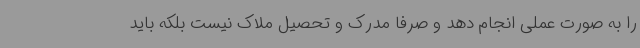
را به صورت عملی انجام دهد و صرفا مدرک و تحصیل ملاک نیست بلکه باید